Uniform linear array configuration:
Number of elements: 12
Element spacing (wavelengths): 0.75
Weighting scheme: cosine
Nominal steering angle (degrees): -60
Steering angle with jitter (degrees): -60.484
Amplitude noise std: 0.05
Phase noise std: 0.05

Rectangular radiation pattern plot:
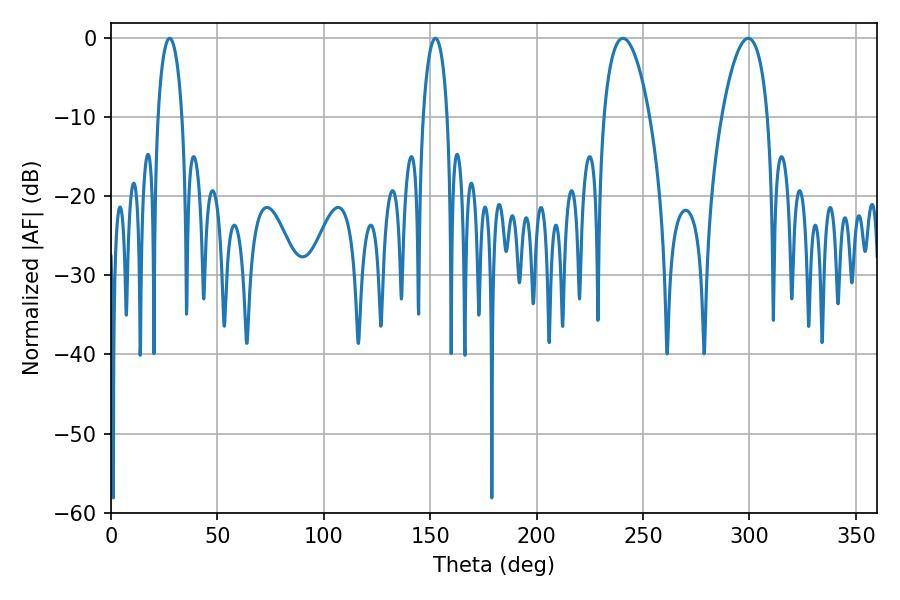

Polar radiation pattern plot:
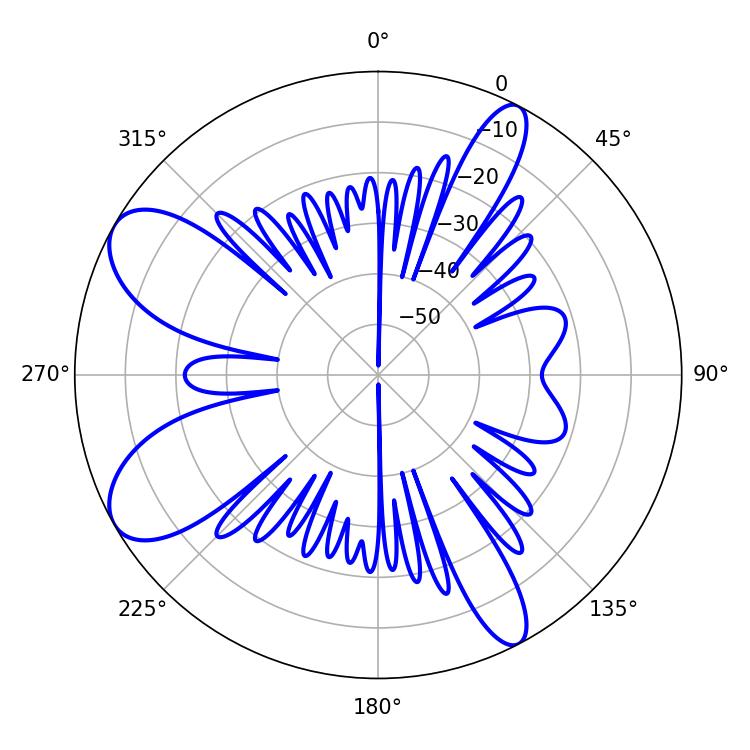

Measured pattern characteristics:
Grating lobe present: TRUE
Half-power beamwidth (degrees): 6.48
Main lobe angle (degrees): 27.54